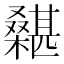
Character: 𣞵